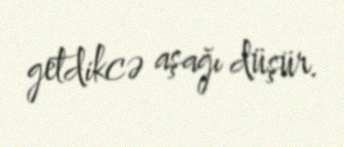
getdikcə aşağı düşür.